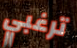
ترغبي